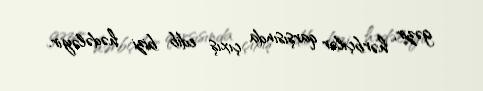
gəzir, hərbçilər qarşısında çıxış edib bizi hədələyir.